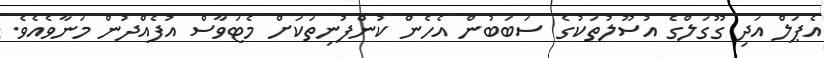
އެޕަލް އަދި ގޫގަލްގެ އުސޫލުތަކުގެ ސަބަބުން އެހެން ކުންފުނިތަކަށް މެޓަވާސް އުފެއްދުން މަނާވެއެވެ.